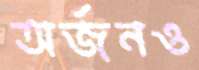
অর্জনও